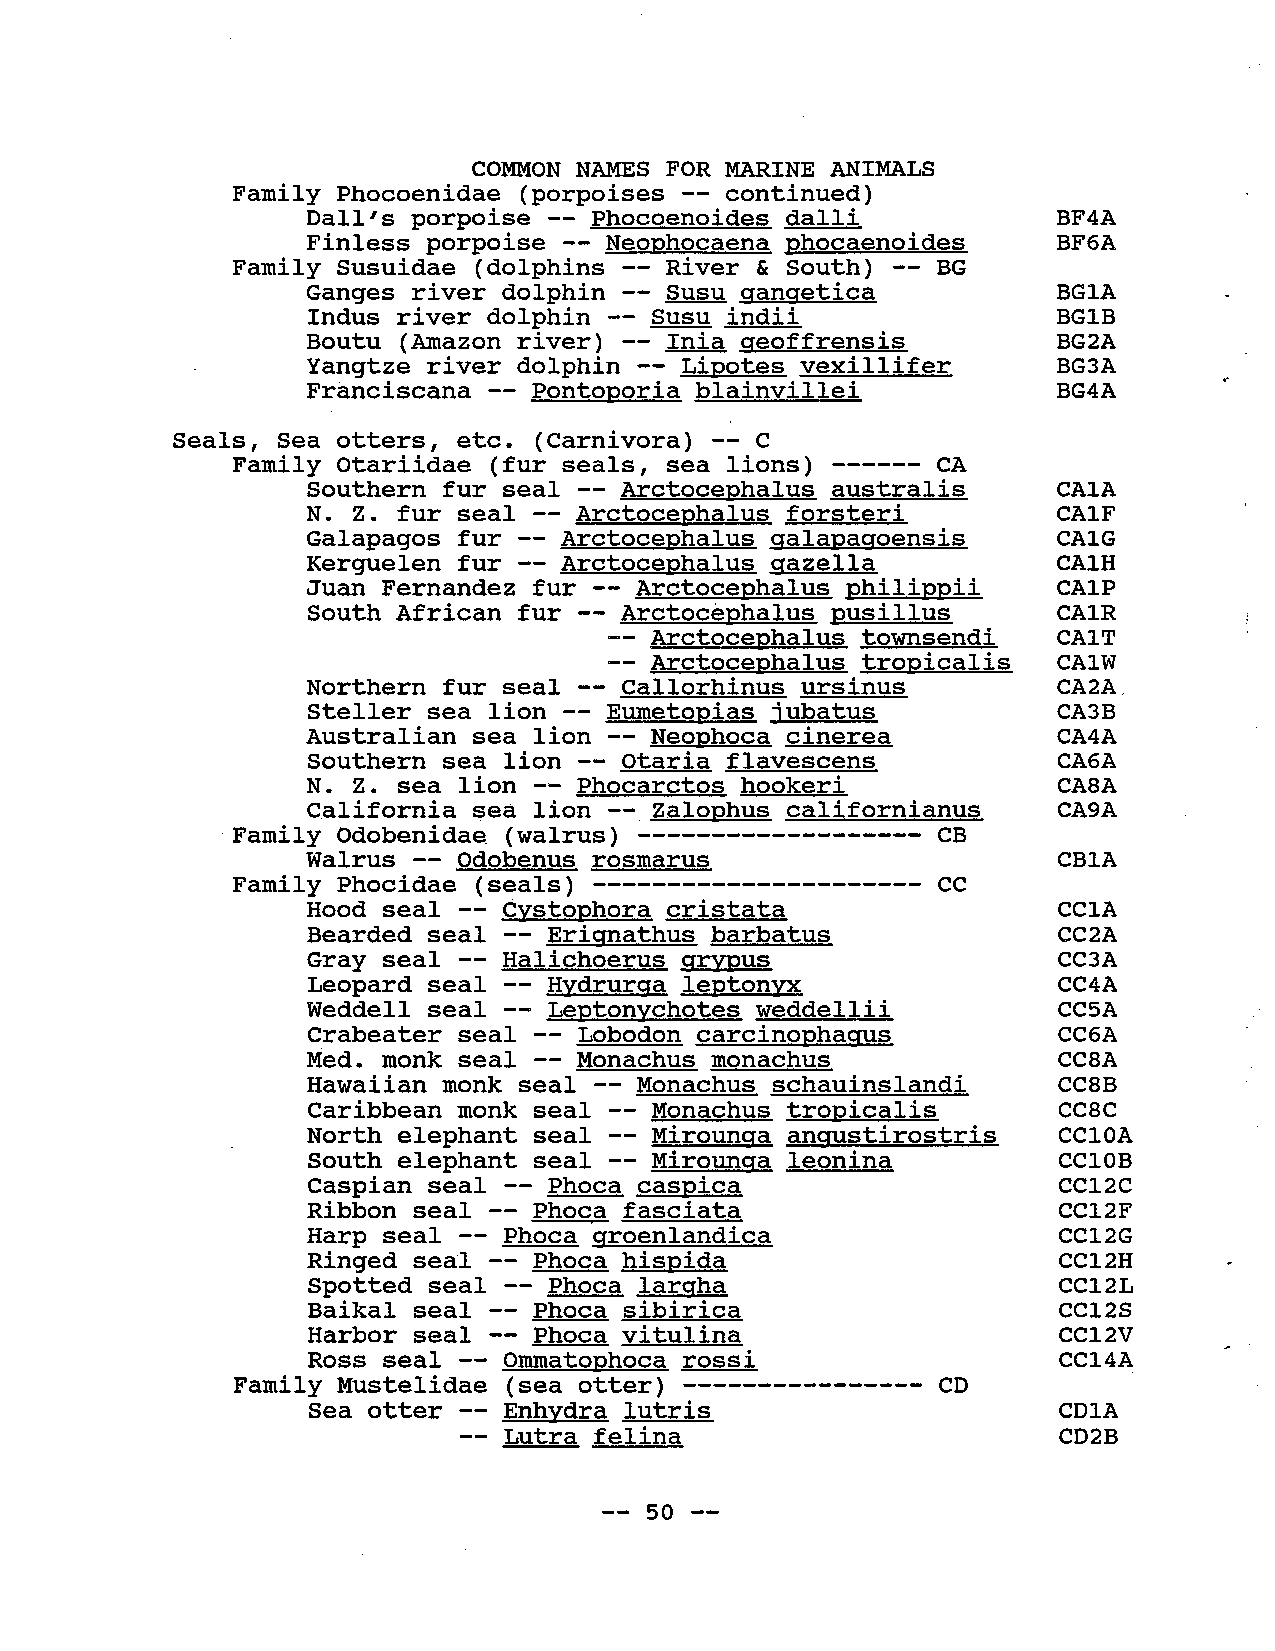
COMMON  NAMS FOR MAINE ANIMALS
 Family Phocoenidae (porpoises -- continued)
 Dall's porpoise -- Phocoenoides dalli             BF4A
 Finless porpoise -- Neophocaena phocaenoides      BF6A
 Family Susuidae (dolphins -- River & South) -- BG
 Ganges river dolphin -- Susu qanqetica            BG1A
 Indus river dolphin -- Susu indii                 BG1B
 Boutu (Amazon river) -- Inia qeoffrensis          BG2A
 Yangtze river dolphin -- Lipotes vexillifer       BG3A
 Franciscana -- Pontoporia blainvillei             BG4A
 Seals, Sea otters, etc. ( Carnivora) -- C
 Family otariidae (fur seals, sea lions) ------ CA
 Southern fur seal -- Arctocephalus australis      CA1A
 N. Z. fur seal -- Arctocephalus forsteri          CAlF
 Galapagos fur -- Arctocephalus qalapaqoensis      CA1G
 Kerguelen fur -- Arctocephalus gazella            CA1H
 Juan Fernandez fur -- Arctocephalus philippii     CA1P
 South African fur -- Arctocephalus pusillus       CA1R
 -- Arctocephal us townsendi   CA1T
 -- Arctocephalus tropicalis   CA1W
 Northern fur seal -- Callorhinus ursinus          CA2A,
 Steller sea lion -- Eumetopias i ubatus           CA3B
 Australian sea lion -- Neophoca cinerea           CA4A
 Southern sea lion -- otaria flavescens            CA6A
 N. Z. sea lion -- Phocarctos hookeri              CA8A
 California sea lion -- Zalophus californianus     CA9A
 Family Odobenidae (walrus) ------------------- CB
 Walrus -- Odobenus rosmarus                       CB1A
 Family Phocidae (seals) ---------------------- CC
 Hood seal -- Cvstophora cristata                  CC1A
 Bearded seal -- Eriqnathus barbatus               CC2A
 Gray seal -- Halichoerus qrvous                   CC3A
 Leopard seal -- Hvdrurqa leptonvx                 CC4A
 Weddell seal -- Leptonvchotes weddellii           CC5A
 Crabeater seal -- Lobodon carcinophaqus           CC6A
 Med. monk seal -- Monachus monachus               CC8A
 Hawaiian monk seal -- Monachus schauinslandi      CC8B
 Caribbean  monk seal  Monachus tropicalis         CC8C
 North elephant seal -- Mirounqa angustirostris    CC10A
 South elephant seal -- Mirounqa leonina           CC10B
 Caspian seal -- Phoca caspica                     CC12C
 Ribbon seal -- Phoca fasciata                     CC12F
 Harp seal -- Phoca 'qroenlandica                  CC12G
 Ringed seal -- Phoca hispida                      CC12H
 Spotted seal -- Phoca larqha                      CC12L
 Baikal seal -- Phoca sibirica                     CC12S
 Harbor seal -- Phoca vitulina                     CC12V
 Ross seal -- Ommatophoca rossi                    CC14A
 Family Mustelidae (sea otter) ---------------- CD
 Sea  otter  Enhvdra lutris                        CD1A
 Lutra felina
 CD2B
 -- 50 --